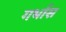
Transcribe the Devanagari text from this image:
गर्भास